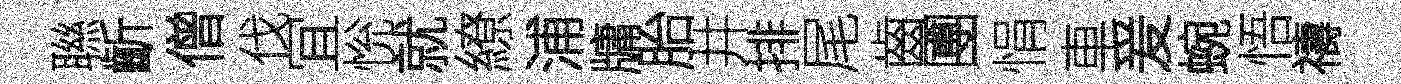
聮齗僧伐冝恱就繚浦牗胎井排尾齒圑悁車爰蜿悟禱